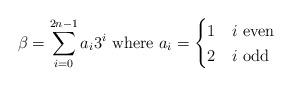
LaTeX: \begin{align*}\beta=\sum_{i=0}^{2n-1}{a_i 3^i}\textup{ where } a_i=\begin{cases}1& i\textup{ even}\\2 & i\textup{ odd}\\\end{cases}\end{align*}